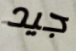
جيد